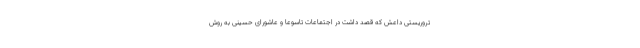
تروریستی داعش که قصد داشت در اجتماعات تاسوعا و عاشورای حسینی به روش